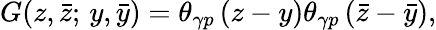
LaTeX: G(z,\bar{z};\, y,\bar{y})=\theta_{\gamma p}\, (z-y)\theta_{\gamma p}\, (\bar{z}-\bar{y}),